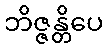
ဘိဇ္ဇန္တိပေ